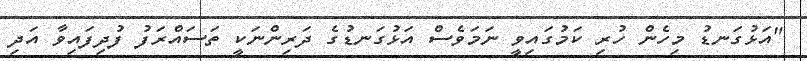
"އަޅުގަނޑު މިހެން ހުރި ކަމުގައިވީ ނަމަވެސް އަޅުގަނޑުގެ ދަރިންނަކީ ތަސައްރަފު ފުދިފައިވާ އަދި